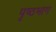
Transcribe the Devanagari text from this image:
पृष्‍ठभाग